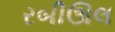
રબીઊલ